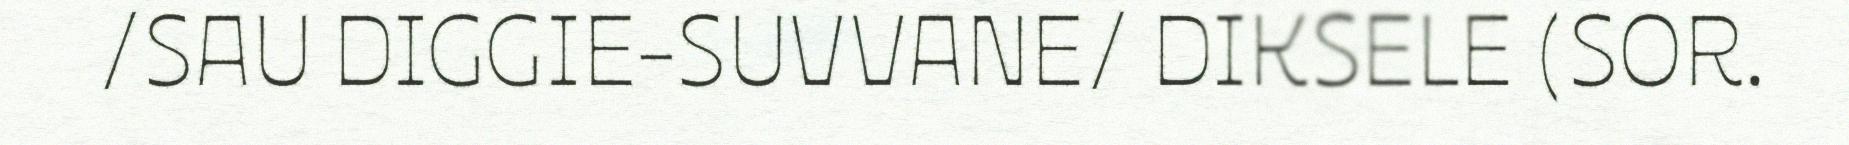
/SAU DIGGIE-SUVVANE/ DIKSELE (SOR.